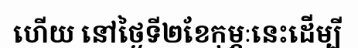
ហើយ នៅថ្ងៃទី២ខែកុម្ភៈនេះដើម្បី